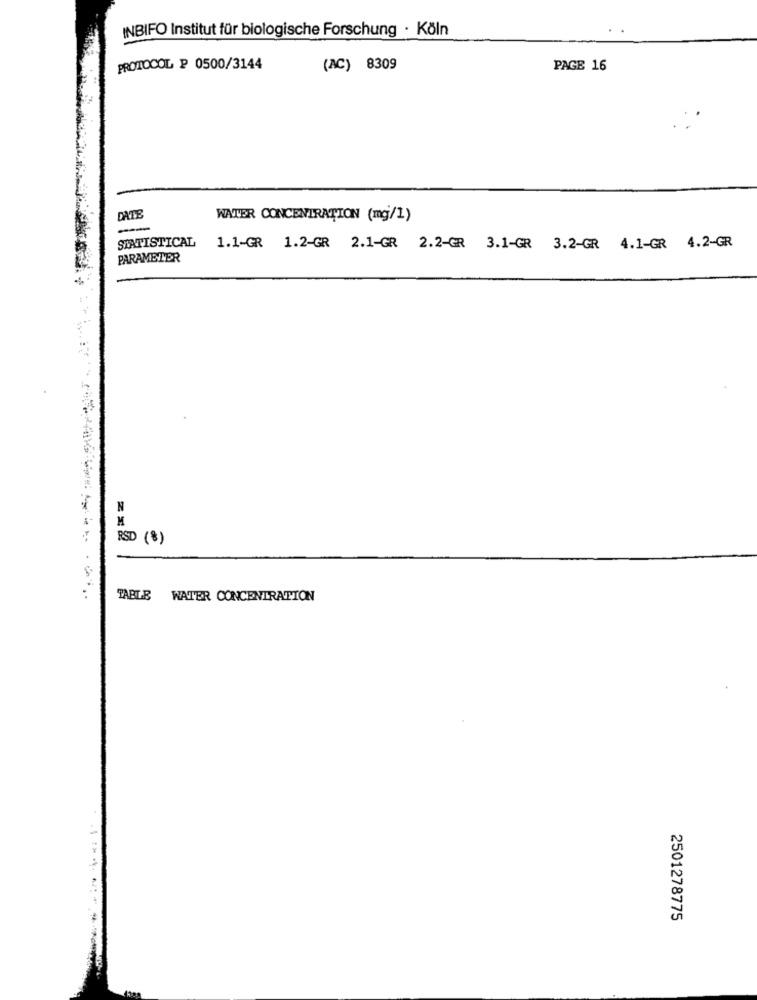
INBIFO Institut für biologische Forschung · Köln
PROTOCOL ₽ 0500/3144
(AC) 8309
PAGE 16
DATE
WATER CONCENTRATION (mg/1)
-
STATISTICAL
1.1GR 1.2GR 2.1GR 2.2GR 3.1-GR 3.2-GR 4.1-GR 4.2-GR
PARAMETER
N
M
RSD (8)
=......
TABLE WATER CONCENTRATION
2501278775